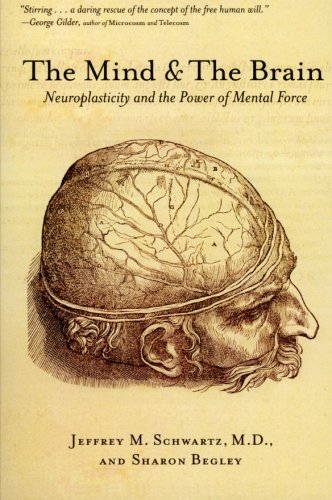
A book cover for The Mind and the Brain: Neuroplasticity and the Power of Mental Force; Jeffrey M. Schwartz MD; Medical Books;